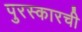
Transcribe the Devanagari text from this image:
पुरस्कारची